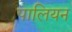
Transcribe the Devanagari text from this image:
पालियन